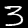
Label: 3